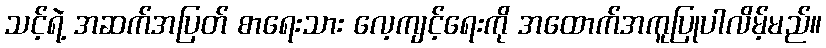
သင့်ရဲ့ အဆက်အပြတ် စာရေးသား လေ့ကျင့်ရေးကို အထောက်အကူပြုပါလိမ့်မည်။